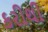
કરીથી